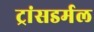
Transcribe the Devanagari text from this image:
ट्रांसडर्मल